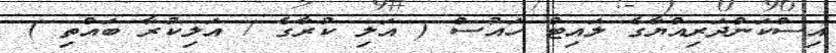
އިސްކަންދަރިއްޔާގެ ލައިޓް ހައުސް ( އަލި ކުރާގެ / އަލިކުރާ ބައްތި )